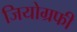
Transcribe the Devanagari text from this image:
जियोग्रफी